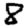
Digit: 8